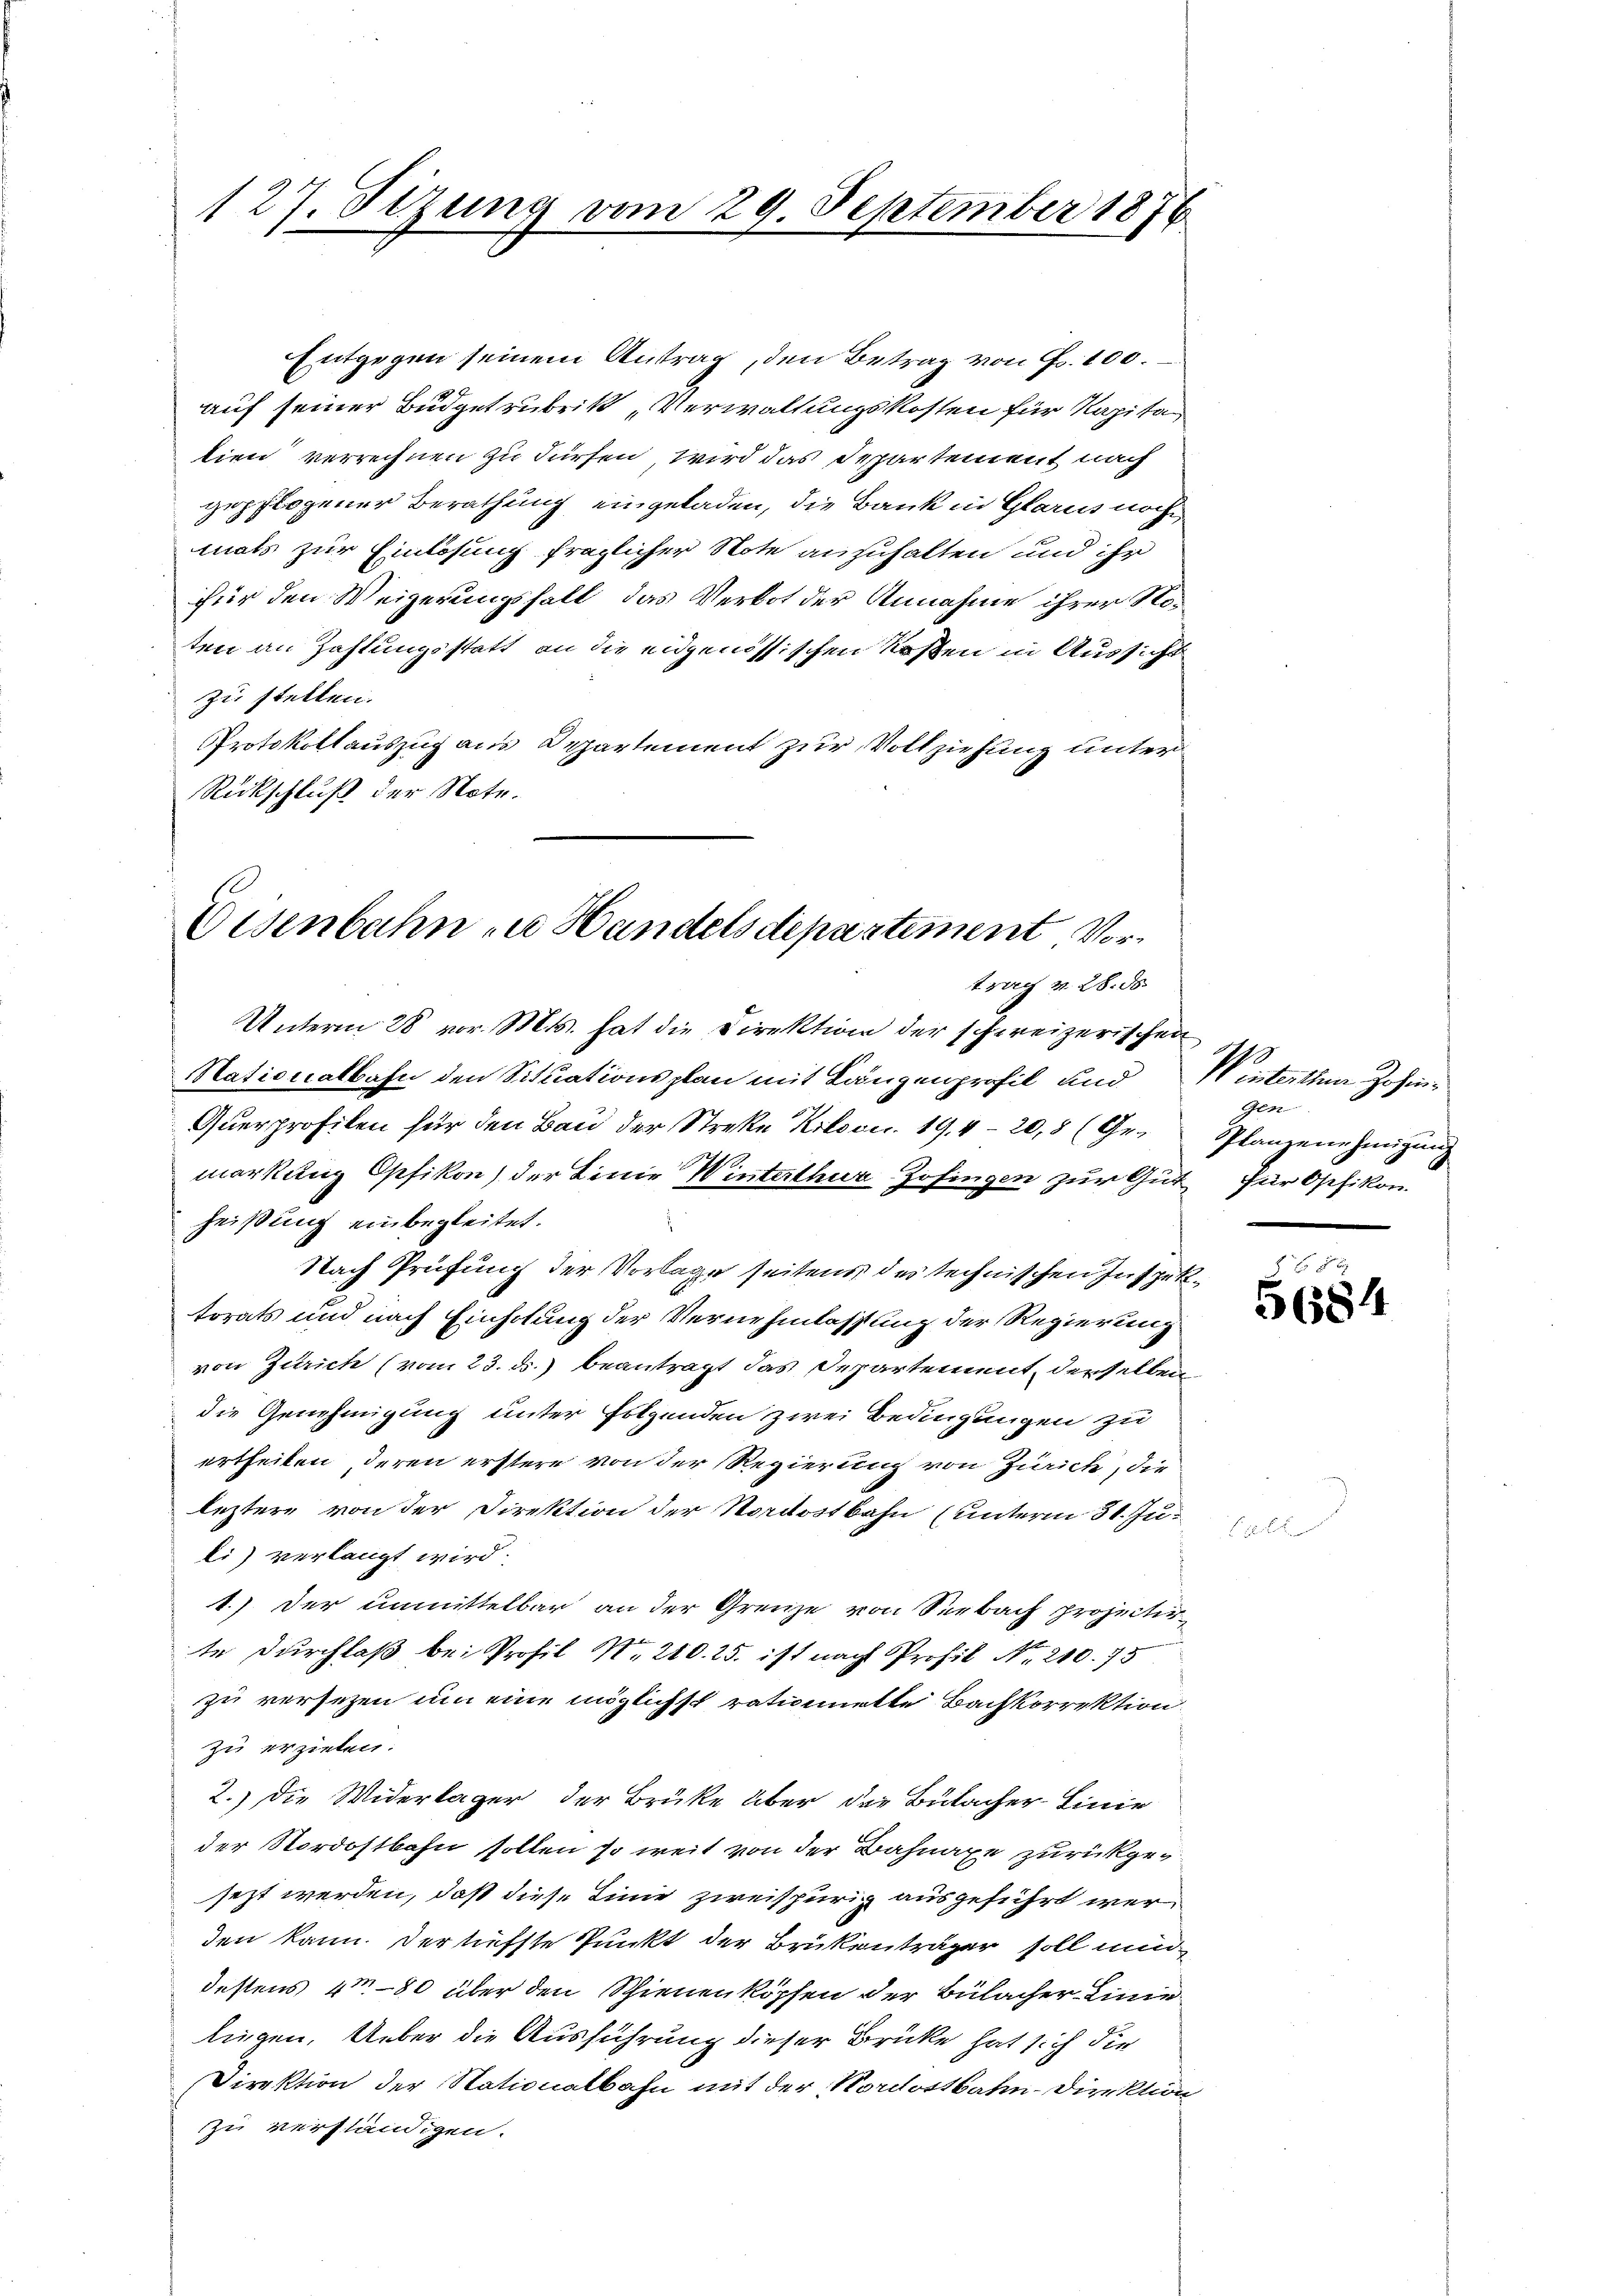
127. Sitzung vom 29. September 1876
.

Eisenbahn zu Handelsdepartement, Vortrag v. 28. ds.

Entgegen seinem Antrag, den Betrag von Fr. 100.
auf seiner Budgetrubrik „Verwaltungskosten für Kapita
lien verrechnen zu dürfen, wird das Departement nach
gepflogener Berathung eingeladen, die Bank in Glarus noche
mals zur Einlösung fraglicher Note anzuhalten und ihr
für den Weigerungsfall, das Verbot der Annahme ihrer Noten an Zahlungsstatt an die eidgenössischen Kosten in Aussicht
zu stellen.
Protokollauszug aus Departement zur Vollziehung unter
Rückschluß der Note.
Unterm 28 vor. Mts. hat die Direktion der schweizerischen
Nationalbahn den Situationsplan mit Längenprofil und
Querprofilen für den Bau der Streke Kolson. 19. 420,8 (Gemarkung Opfikon) der Linie Winterthur Zofingen zur Gut für Osefikon.
heißung einbegleitet.
i
Nach Prüfung der Vorlage seitens des technischen Inspektorats und nach Einholung der Vernehmlassung der Regierung
von Zürich (vom 23. ds. beantragt das Departement, derselben
die Genehmigung unter folgenden zwei Bedingungen zu
ertheilen, deren erstere von der Regierung von Zürich, die
leztere von der Direktion der Nordostbahn (unterm 31. Ju
li) verlangt wird.
1.) Der unmittelbar an der Grenze von Seebach projectir
te Durchlaß bei Profil Nr. 210. 25. ist nach Profil Nr. 210. 75
zu versetzen um eine möglichst rationiette Bachkorrektion
zu erziehen.
2.) Die Widerlager der Brüke über der Bülacher-Linie
der Nordostbahn sollen so weit von der Bahnaxe zurückgesezt werden, daß diese Linie zweispurig ausgeführt werden kann. Der liefste Punkt der Brükenträger soll nu
destens 480 über den Schienenköpfen der Bülacher Linie
liegen. Ueber die Ausführung dieser Brücke hat sich die
Direktion der Stationalbahn mit der Nordostbahn-Direktion
zu verständigen.

I
 eisterten Zofing
gen
Planzenehmigung

5684